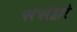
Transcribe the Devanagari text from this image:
परंपरेद्वारे